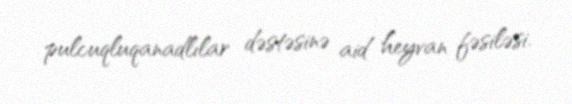
pulcuqluqanadlılar dəstəsinə aid heyvan fəsiləsi.